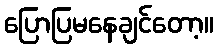
ပြောပြမနေချင်တော့။